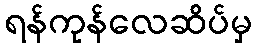
ရန်ကုန်လေဆိပ်မှ